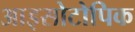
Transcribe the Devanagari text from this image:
आइसोटोपिक